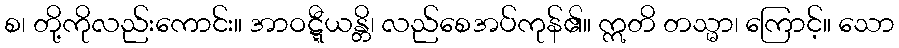
စ၊ တို့ကိုလည်းကောင်း။ အာဝဋ္ဋီယန္တိ၊ လည်စေအပ်ကုန်၏။ ဣတိ တသ္မာ၊ ကြောင့်။ သော